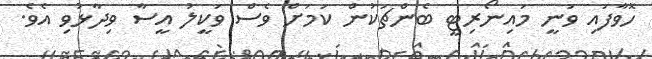
ހޮވާފައި ވަނީ މައިނޯރިޓީ ބެންޗަކުން ކަމަށް ވެސް ވަކީލު އީސާ ވިދާޅުވި އެވެ.